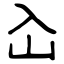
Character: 屳